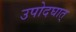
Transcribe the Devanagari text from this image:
उपोदघात्‌